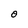
Character: O